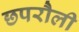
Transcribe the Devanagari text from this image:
छपरौली